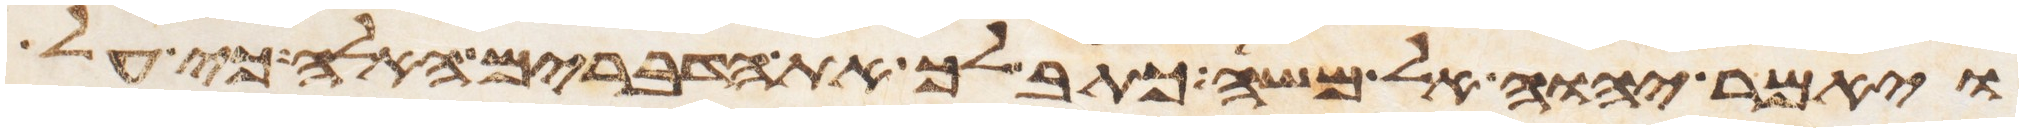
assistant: ויאמר יהוה אל משה כתב לך את הדברים האלה כי על